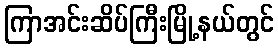
ကြာအင်းဆိပ်ကြီးမြို့နယ်တွင်